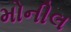
મોનીલ